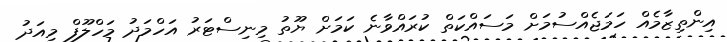
އިންތިޒާމެއް ހަމަޖެއްސުމަށް މަސައްކަތް ކުރައްވާނެ ކަމަށް ޔޫތު މިނިސްޓަރު އަހްމަދު މަހްލޫފް މިއަދު